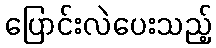
ပြောင်းလဲပေးသည့်